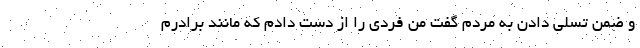
و ضمن تسلی دادن به مردم گفت من فردی را از دست دادم که مانند برادرم